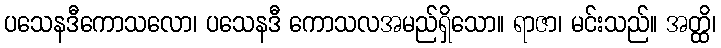
ပသေနဒီကောသလော၊ ပသေနဒီ ကောသလအမည်ရှိသော။ ရာဇာ၊ မင်းသည်။ အတ္ထိ၊